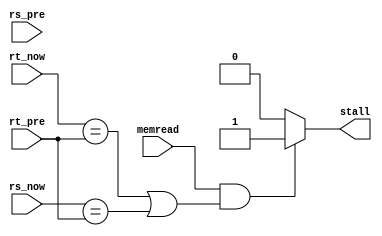
module hazard(
	input wire memread,
	input wire [4:0] rt_now,
	input wire [4:0] rs_now,
	input wire [4:0] rt_pre,
	input wire [4:0] rs_pre,
	output reg stall

);

	// {{{ load use data hazard detection, signal stall

	/* If an operation in stage 4 (MEM) loads from memory (e.g. lw)
	 * and the operation in stage 3 (EX) depends on this value,
	 * a stall must be performed.  The memory read cannot 
	 * be forwarded because memory access is too slow.  It can
	 * be forwarded from stage 5 (WB) after a stall.
	 *
	 *   lw $1, 16($10)  ; I-type, rt_s3 = $1, memread_s3 = 1
	 *   sw $1, 32($12)  ; I-type, rt_s2 = $1, memread_s2 = 0
	 *
	 *   lw $1, 16($3)  ; I-type, rt_s3 = $1, memread_s3 = 1
	 *   sw $2, 32($1)  ; I-type, rt_s2 = $2, rs_s2 = $1, memread_s2 = 0
	 *
	 *   lw  $1, 16($3)  ; I-type, rt_s3 = $1, memread_s3 = 1
	 *   add $2, $1, $1  ; R-type, rs_s2 = $1, rt_s2 = $1, memread_s2 = 0
	 */
	
	always @(*) begin
		if (memread == 1'b1 && ((rt_now == rt_pre) || (rs_now == rt_pre)) ) begin
			stall <= 1'b1;  // perform a stall
		end else
			stall <= 1'b0;  // no stall
	end
	// }}}
endmodule